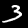
Label: 3